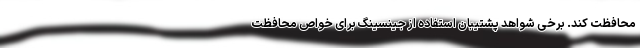
محافظت کند. برخی شواهد پشتیبان استفاده از جینسینگ برای خواص محافظت